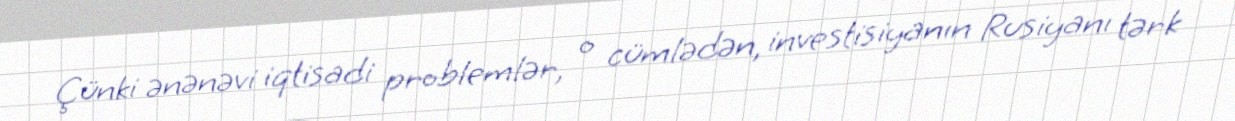
Çünki ənənəvi iqtisadi problemlər, o cümlədən, investisiyanın Rusiyanı tərk